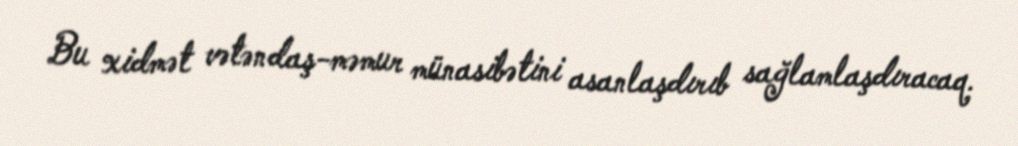
Bu xidmət vətəndaş-məmur münasibətini asanlaşdırıb sağlamlaşdıracaq.